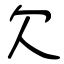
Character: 欠